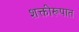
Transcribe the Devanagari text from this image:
शक्तीरूपात